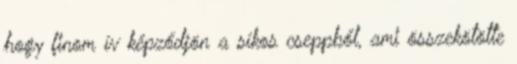
hogy finom ív képződjön a síkos cseppből, ami összekötötte